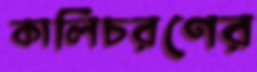
কালিচরণের